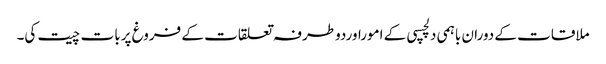
ملاقات کے دوران باہمی دلچسپی کے اموراوردوطرفہ تعلقات کے فروغ پربات چیت کی۔